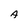
Character: A